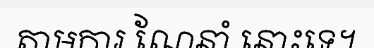
តាមការ ណែនាំ នោះទេ។